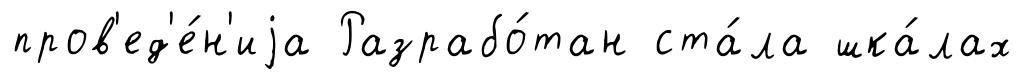
пров'ед'е́н'иjа Разрабо́тан ста́ла шка́лах